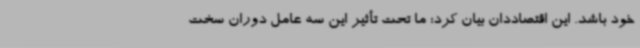
خود باشد. این اقتصاددان بیان کرد: ما تحت تأثیر این سه عامل دوران سخت